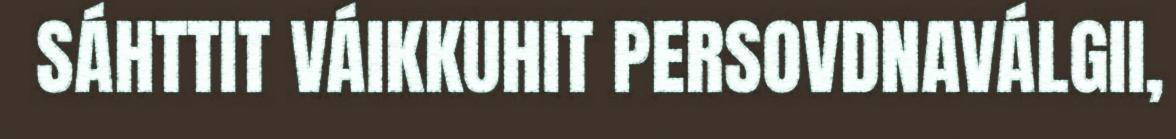
SÁHTTIT VÁIKKUHIT PERSOVDNAVÁLGII,